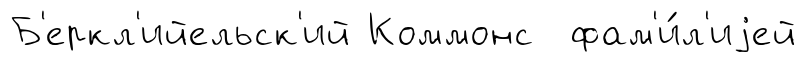
Б'еркл'ийельск'ий Коммонс фам'и́л'иjей